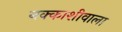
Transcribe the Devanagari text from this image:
नक्काशीवाला